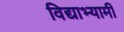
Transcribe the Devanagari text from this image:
विद्याभ्यामी